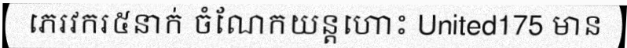
ភេរវករ៥នាក់ ចំណែកយន្តហោះ United175 មាន